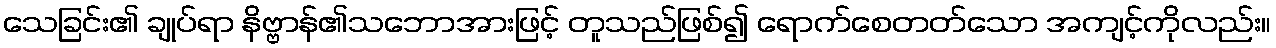
သေခြင်း၏ ချုပ်ရာ နိဗ္ဗာန်၏သဘောအားဖြင့် တူသည်ဖြစ်၍ ရောက်စေတတ်သော အကျင့်ကိုလည်း။